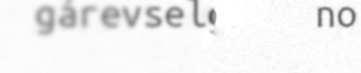
gárevselgaj ano